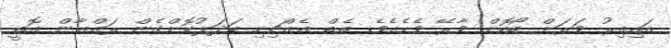
އައިއިރު ވަރަށް ބޯކޮށް ވާރޭ ވެހެއެވެ. ތެތް އެއްޗިހި ބަދަލުކޮށްގެން ރައްޔާން އޮތީ